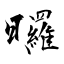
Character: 曪